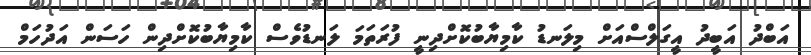
އަބްދު އަބީދު އީގަލްސްއަށް މިލަނޑު ކާމިޔާބުކޮށްދިނީ ފުރަތަމަ ލަނޑުވެސް ކާމިޔާބުކޮށްދިން ހަސަން އަދުހަމް